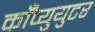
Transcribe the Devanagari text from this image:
काँप्युयुटर